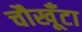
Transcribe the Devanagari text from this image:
चौखूँटा